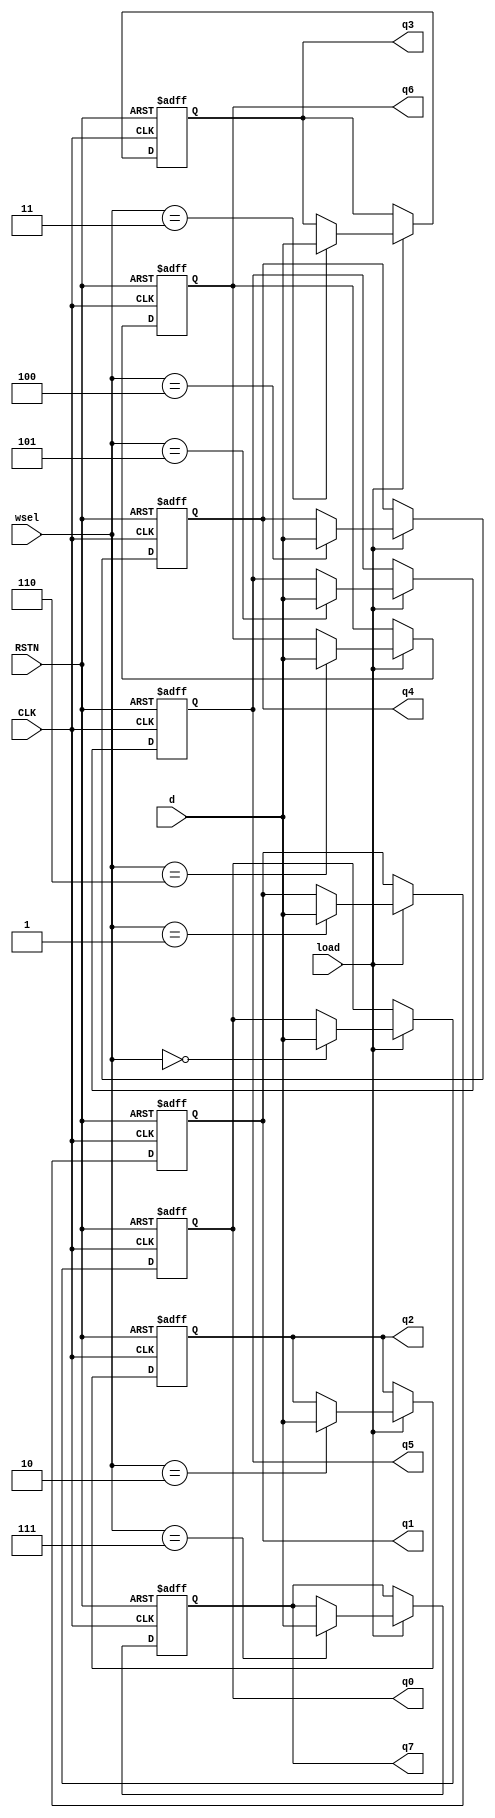
module regfile (
  output reg [15:0] q0,
  output reg [15:0] q1,
  output reg [15:0] q2,
  output reg [15:0] q3,
  output reg [15:0] q4,
  output reg [15:0] q5,
  output reg [15:0] q6,
  output reg [15:0] q7,
  input [15:0] d,
  input load,
  input [2:0] wsel,
  input CLK,
  input RSTN
  );
  always @(posedge CLK or negedge RSTN)
  begin
    if (!RSTN) begin
      {q0,q1,q2,q3,q4,q5,q6,q7} <= 128'b0;
    end
    else if (load) begin
      case (wsel)
      3'b000 : q0 <= d;
      3'b001 : q1 <= d;
      3'b010 : q2 <= d;
      3'b011 : q3 <= d;
      3'b100 : q4 <= d;
      3'b101 : q5 <= d;
      3'b110 : q6 <= d;
      3'b111 : q7 <= d;
      endcase
    end
  end
endmodule